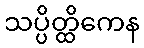
သပ္ပိတ္ထိကေန